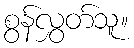
စွန်လွှတ်သူ။